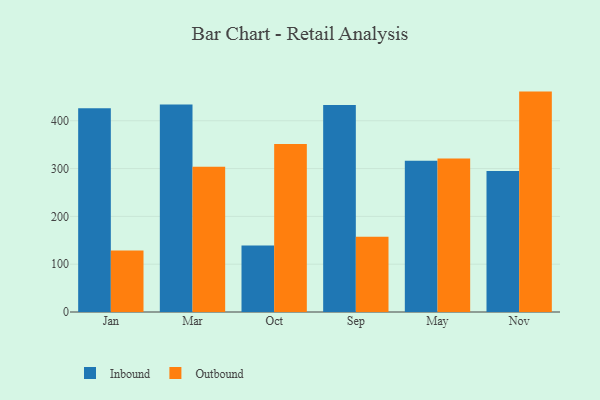
{"axis": {"x": "Month", "y": "Humidity (%)"}, "legend": ["Inbound", "Outbound"], "data": [{"x": "Jan", "y": 426.2, "type": "Inbound"}, {"x": "Jan", "y": 128.5, "type": "Outbound"}, {"x": "Mar", "y": 433.9, "type": "Inbound"}, {"x": "Mar", "y": 303.7, "type": "Outbound"}, {"x": "Oct", "y": 139.2, "type": "Inbound"}, {"x": "Oct", "y": 351.5, "type": "Outbound"}, {"x": "Sep", "y": 432.8, "type": "Inbound"}, {"x": "Sep", "y": 157.3, "type": "Outbound"}, {"x": "May", "y": 316.3, "type": "Inbound"}, {"x": "May", "y": 321.0, "type": "Outbound"}, {"x": "Nov", "y": 294.9, "type": "Inbound"}, {"x": "Nov", "y": 461.0, "type": "Outbound"}]}